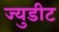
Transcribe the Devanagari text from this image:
ज्युडीट